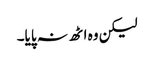
لیکن وہ اٹھ نہ پایا۔